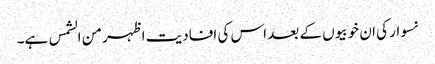
نسوار کی ان خوبیوں کے بعد اس کی افادیت اظہر من الشمس ہے۔